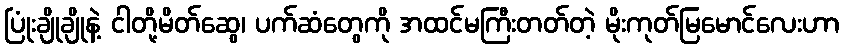
ပြုံးချိုချိုနဲ့ ငါတို့မိတ်ဆွေ၊ ပက်ဆံတွေကို အထင်မကြီးတတ်တဲ့ မိုးကုတ်မြမောင်လေးဟာ